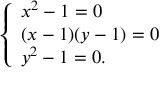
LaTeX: \left\{ \begin{array} { l l } { x ^ { 2 } - 1 = 0 } \\ { ( x - 1 ) ( y - 1 ) = 0 } \\ { y ^ { 2 } - 1 = 0 . } \end{array} \right.